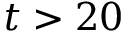
t > 2 0